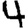
Digit: 4